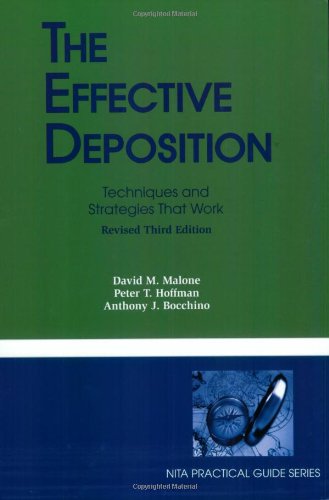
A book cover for The Effective Deposition; David M. Malone; Law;